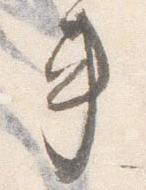
車